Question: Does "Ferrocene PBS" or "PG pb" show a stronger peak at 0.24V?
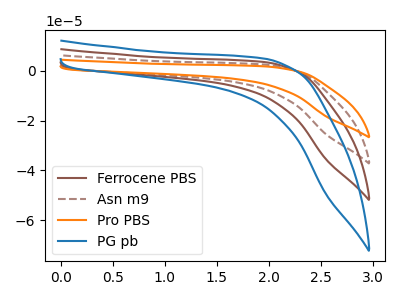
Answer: <think>The brown curve "Ferrocene PBS" has no peaks. The brown dashed curve "Asn m9" has no peaks. The orange curve "Pro PBS" has no peaks. The blue curve "PG pb" has no peaks.</think>
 <answer>"Ferrocene PBS" and "PG pb" dont share a peak at 0.24V.</answer>
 <eval>mismatch</eval>